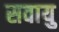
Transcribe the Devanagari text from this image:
सवायु